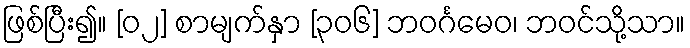
ဖြစ်ပြီး၍။ [၀၂] စာမျက်နှာ [၃၀၆] ဘဝင်္ဂမေဝ၊ ဘဝင်သို့သာ။